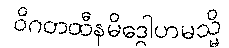
ဝိဂတထီနမိဒ္ဓေါဟမသ္မိ